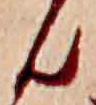
ん